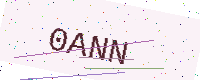
Text: 0ANN